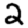
Digit: 2